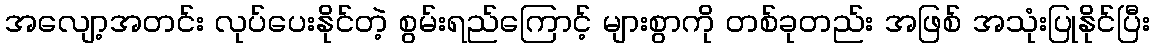
အလျော့အတင်း လုပ်ပေးနိုင်တဲ့ စွမ်းရည်ကြောင့် များစွာကို တစ်ခုတည်း အဖြစ် အသုံးပြုနိုင်ပြီး